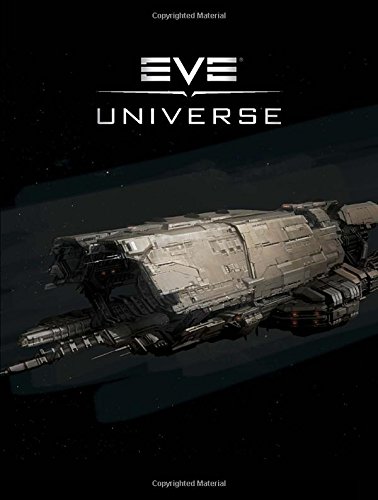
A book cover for EVE Universe: The Art of New Eden; Various; Comics & Graphic Novels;